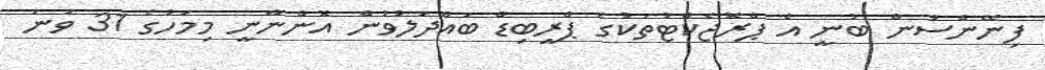
ފިނޭންސުން ބުނީ އެ ޕްރޮޖެކްޓުތަކުގެ ޕްރީބިޑް ބައްދަލުވުން އޮންނާނީ މިމަހުގެ 31 ވަނަ